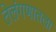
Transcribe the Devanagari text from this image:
तेलंगणातला